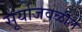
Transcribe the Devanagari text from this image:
सूर्याजवळील